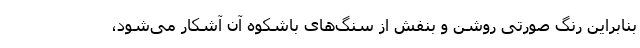
بنابراین رنگ صورتی روشن و بنفش از سنگ‌های باشکوه آن آشکار می‌شود،